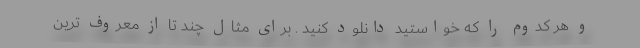
و هر کدوم را که خواستید دانلود کنید . برای مثال چند تا از معروف ترین